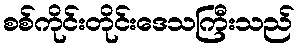
စစ်ကိုင်းတိုင်းဒေသကြီးသည်